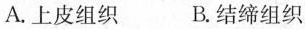
A.上皮组织 B.结缔组织